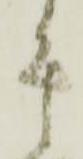
其